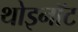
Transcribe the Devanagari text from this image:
थोइनॉट